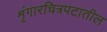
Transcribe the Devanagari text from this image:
शृंगारचित्रपटातील